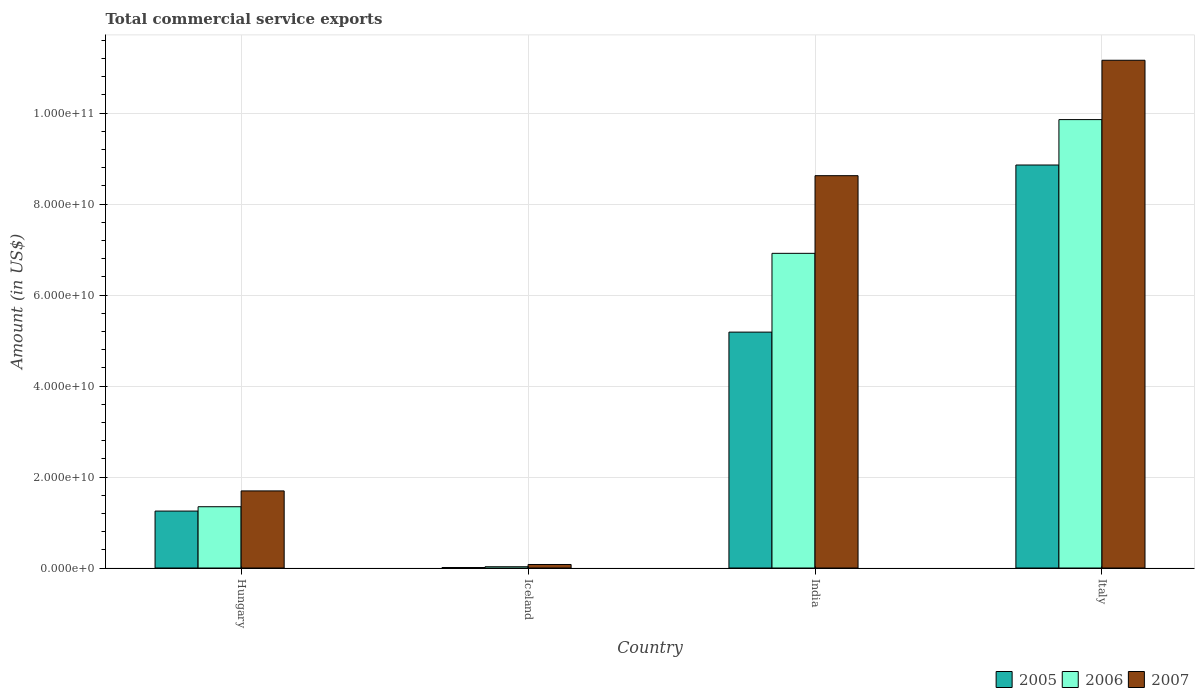
| Country | 2005 | 2006 | 2007 |
 | --- | --- | --- | --- |
 | Hungary | 1.25e+10 | 1.35e+10 | 1.69e+10 |
 | Iceland | 1.06e+08 | 2.8e+08 | 7.74e+08 |
 | India | 5.19e+10 | 6.92e+10 | 8.62e+10 |
 | Italy | 8.86e+10 | 9.86e+10 | 1.12e+11 |